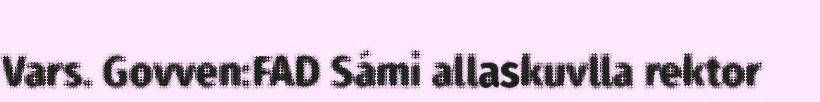
Vars. Govven:FAD Sámi allaskuvlla rektor